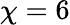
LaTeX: \chi=6